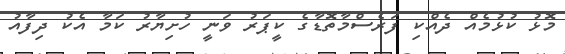
މޮޅު ކުޅުމެއް ދެއްކި ފަރެސްމާތޮޑާގެ ކީޕަރު ވަނީ ހުށިޔާރު ކަމާ އެކު ދިފާއު